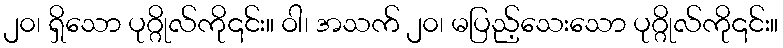
၂၀၊ ရှိသော ပုဂ္ဂိုလ်ကို၎င်း။ ဝါ၊ အသက် ၂၀၊ မပြည့်သေးသော ပုဂ္ဂိုလ်ကို၎င်း။